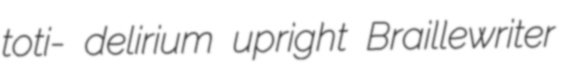
toti- delirium upright Braillewriter